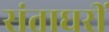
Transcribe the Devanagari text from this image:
संताघरीं